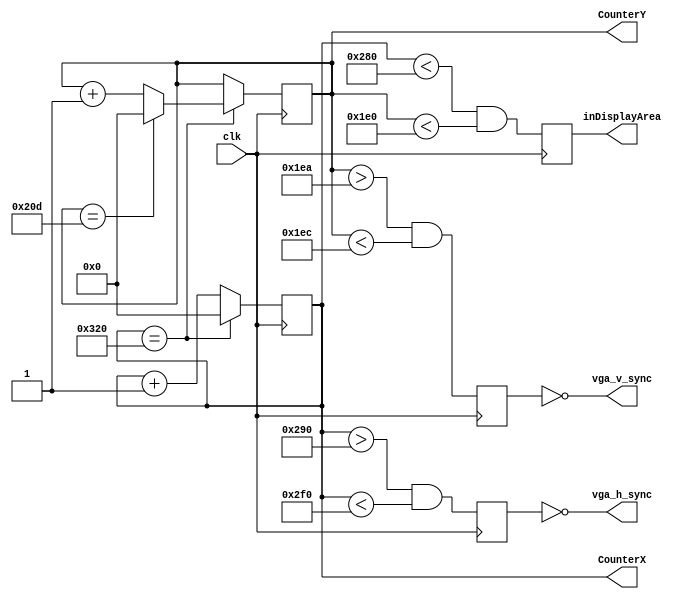
// Sync Generator
module sync_generator(clk, vga_h_sync, vga_v_sync, inDisplayArea, CounterX, CounterY);

	input clk;						//pixel clock ~25.175MHz
	output vga_h_sync;			//Horizontal Sync Pulse
	output vga_v_sync;			//Vertical Sync Pulse
	output reg inDisplayArea;	//Display region Flag
	output reg [9:0] CounterX;	//Horizontal Counter
	output reg [9:0] CounterY;	//Verticle Counter
	
	reg vga_HS, vga_VS;
	
	wire CounterXmaxed = (CounterX == 800); // 16 + 48 + 96 + 640
   wire CounterYmaxed = (CounterY == 525); // 10 + 2 + 33 + 480
	
	//For each pixel clock increment horizontal counter
   always @(posedge clk)
   if (CounterXmaxed)
     CounterX <= 0;
   else
     CounterX <= CounterX + 1;
	
	// For each row complete increment verticle counter
   always @(posedge clk)
   begin
		if (CounterXmaxed)
      begin
			if(CounterYmaxed)
				CounterY <= 0;
			else
				CounterY <= CounterY + 1;
		end
	end
	
	// Calculate timings for Horizontal and Verticle Sync Pulses
   always @(posedge clk)
   begin
		vga_HS <= (CounterX > (640 + 16) && (CounterX < (640 + 16 + 96)));   // active for 96 clocks
		vga_VS <= (CounterY > (480 + 10) && (CounterY < (480 + 10 + 2)));   // active for 2 clocks
   end
	
	// If counters are within the Display Region, set flag
   always @(posedge clk)
   begin
		inDisplayArea <= (CounterX < 640) && (CounterY < 480);
	end
	
	//Active Low VGA Outputs
	assign vga_h_sync = ~vga_HS;
	assign vga_v_sync = ~vga_VS;

endmodule